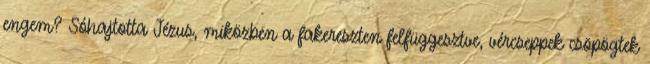
engem? Sóhajtotta Jézus, miközben a fakereszten felfüggesztve, vércseppek csöpögtek